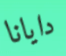
دايانا